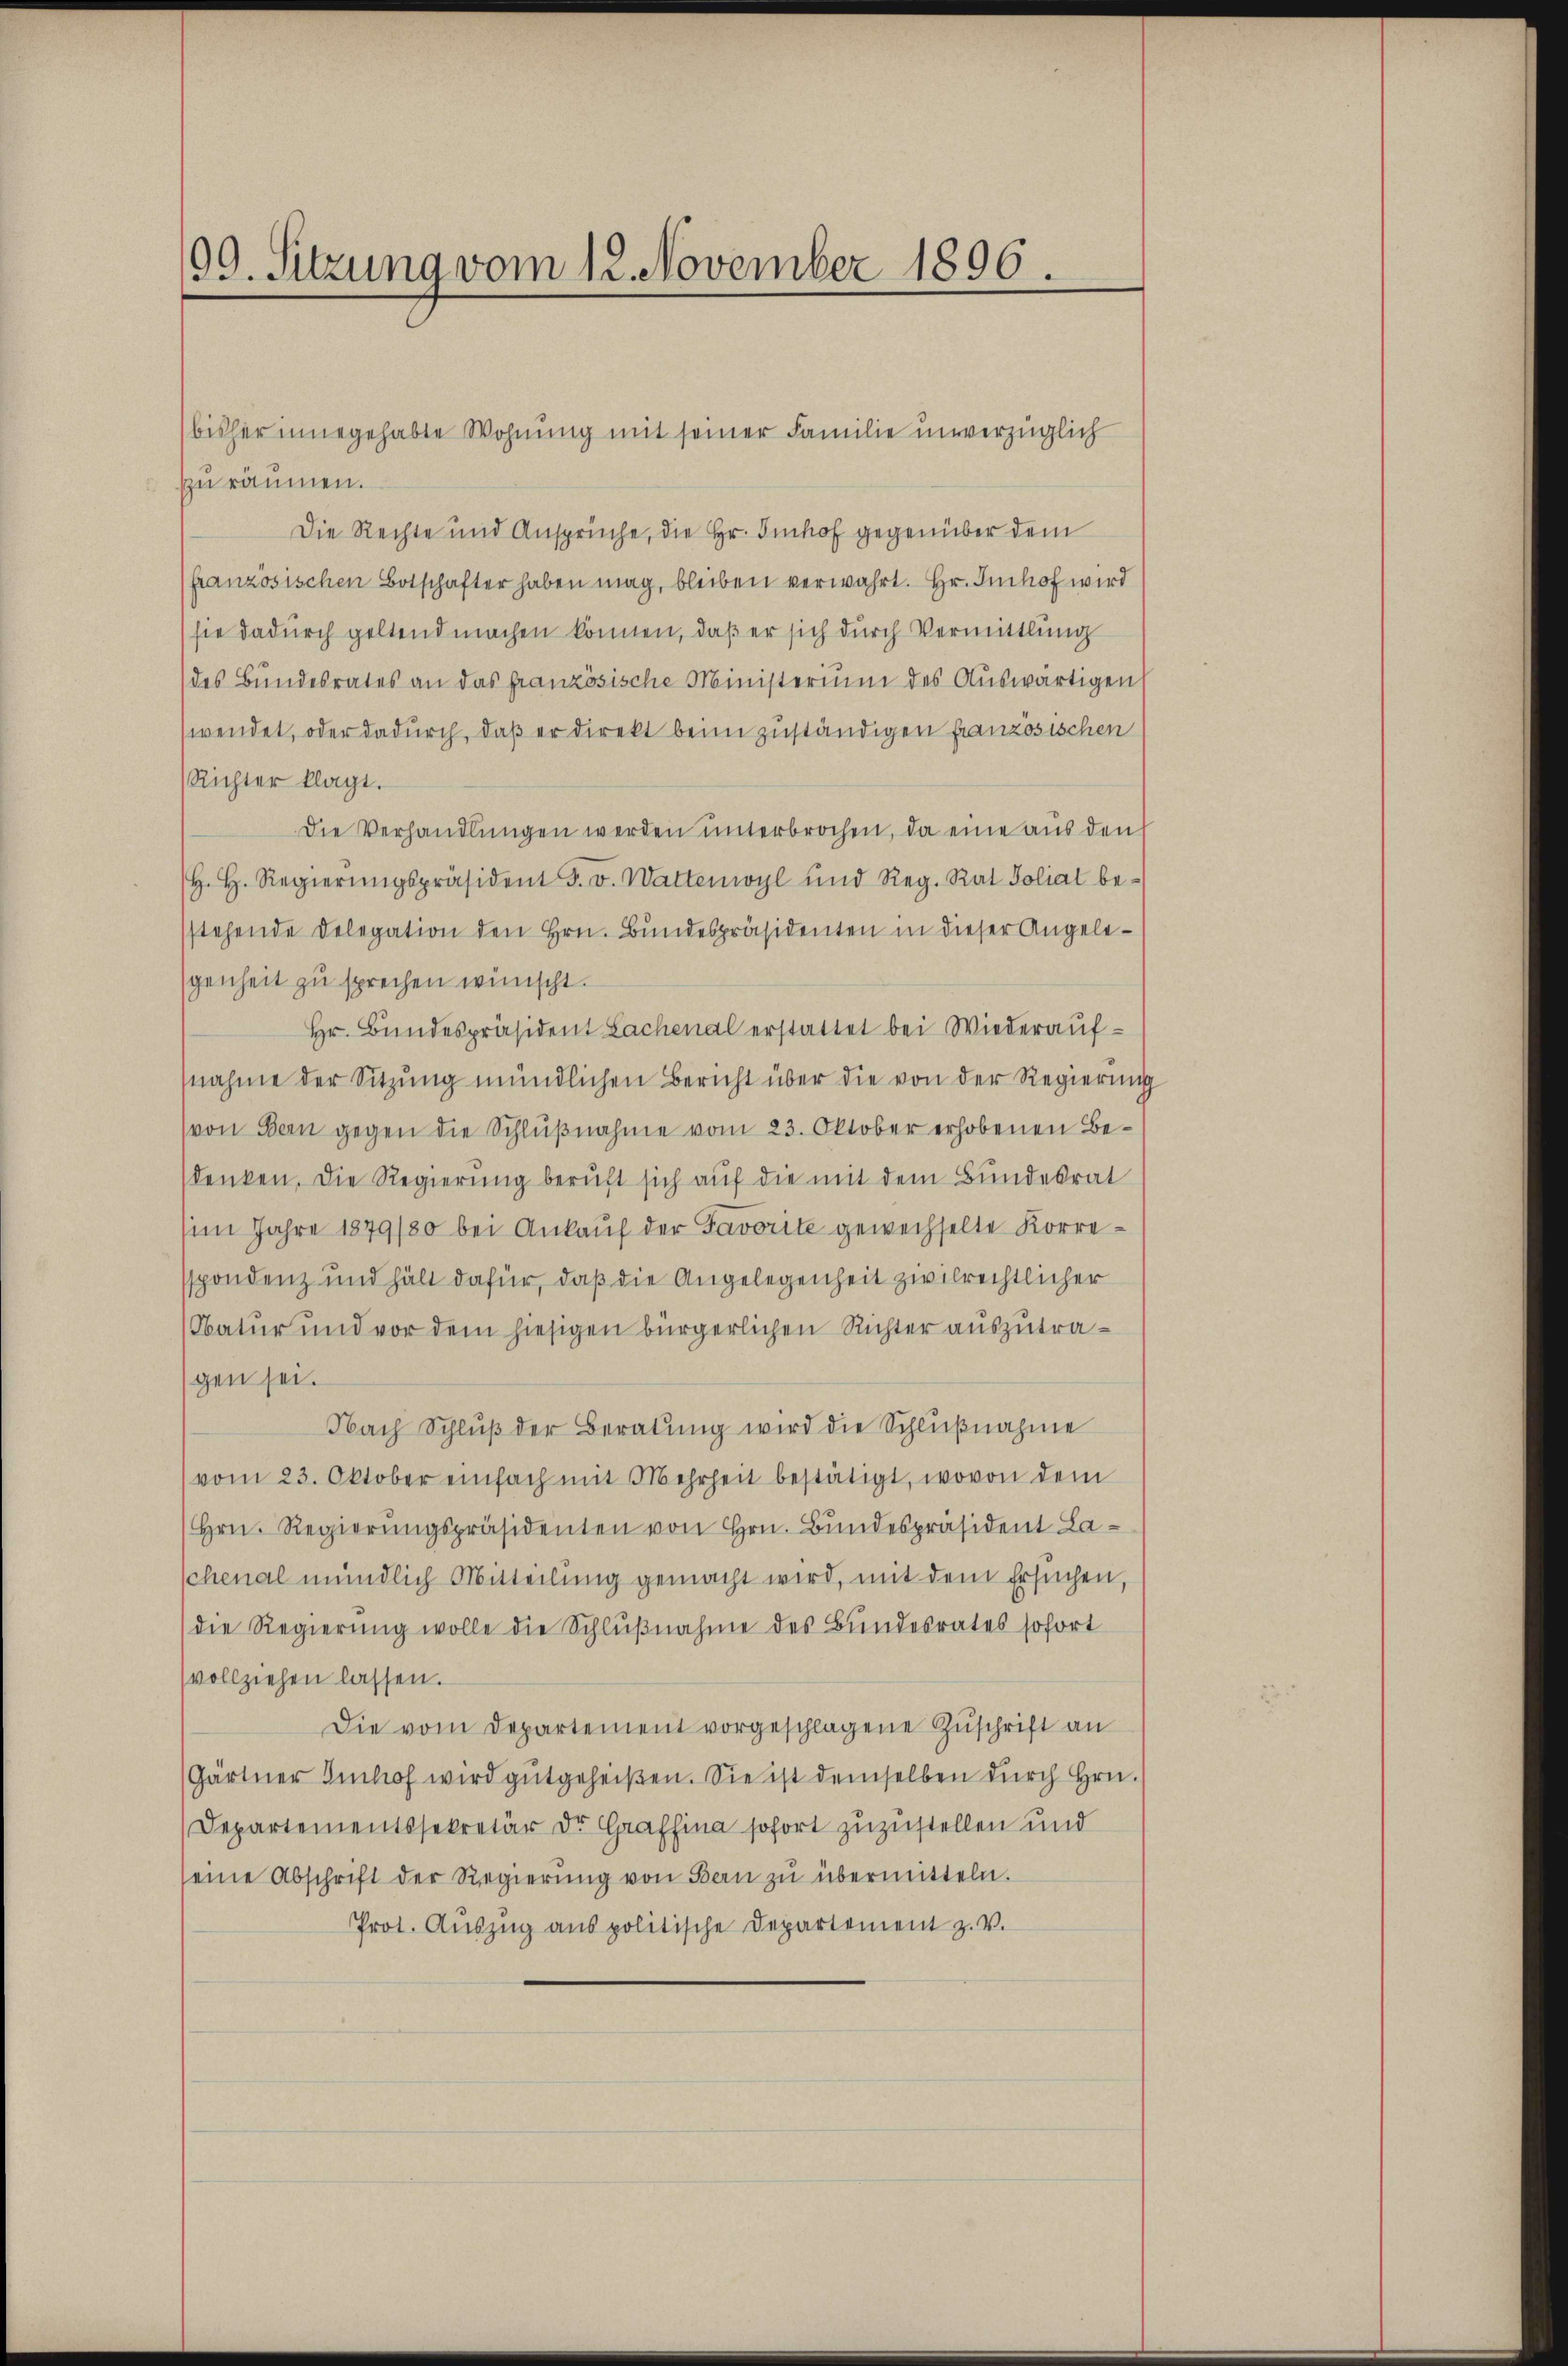
99. Sitzung vom 12. November 1896.

zu räumen.
Die Rechte und Ansprüche, die Hr. Imhof gegenüber dem
französischen Botschafter haben mag, bleiben verwahrt. Hr. Imhof wird
sie dadurch geltendmachen können, daß er sich durch Vermittlung
des Bundesrates an das französische Ministerium des Auswärtigen
wendet, oder dadurch, daß er direkt beim zuständigen französischen
Richter klagt.
Die Verhandlŭngen werden unterbrochen, da eine aus den
H. H. Regierŭngspräsident F. v. Wattenwyl und Reg. Rat Soliat be-
stehende Delegation den Hrn. Bundespräsidenten in dieser Angelegenheit zu sprechen wünscht.
Hr. Bŭndespräsident Lachenal erstattet bei Wiederaŭf-
nahme der Sitzŭng mündlichen Bericht über die von der Regierung
von Bern gegen die Schlŭβnahme vom 23. Oktober erhobenen Bedenken. Die Regierung beruft sich auf die mit dem Bundesrat
im Jahre 1849/80 bei Ankauf der Taverite gewechselte Korrespondenz und hält dafür, daß die Angelegenheit zivilrechtlicher
Natur und vor dem hiesigen bürgerlichen Richter auszutragen sei.
Nach Schlŭβ der Beratŭng wird die Schlŭβnahme
vom 23. Oktober einfach mit Mehrheit bestätigt, wovon dem
Hrn. Regierŭngspräsidenten von Hrn. Bundespräsident Laschenal mündlich Mitteilŭng gemacht wird, mit dem Ersuchen,
die Regierŭng wolle die Schlŭβnahme des Bundesrates sofort
vollziehen lassen.
Die vom Departement vorgeschlagene Zŭschrift an
(Gärtner Imhof wird gutgeheißen. Sie ist demselben durch Hrn.
Departementssekretär der Graffina sofort zuzustellen und
seine Abschrift der Regierŭng von Bern zŭ übermitteln.
Prot. Aŭszŭg ans politische Departement z. V.

bisher innegehabte Wohnung mit seiner Familie unverzüglich